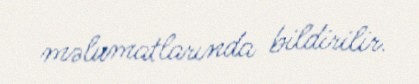
məlumatlarında bildirilir.